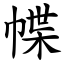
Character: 幉